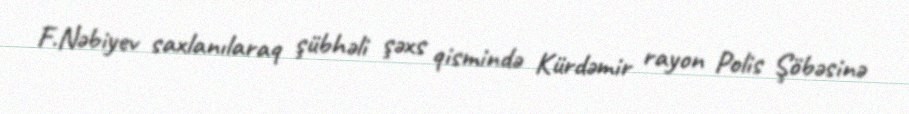
F.Nəbiyev saxlanılaraq şübhəli şəxs qismində Kürdəmir rayon Polis Şöbəsinə